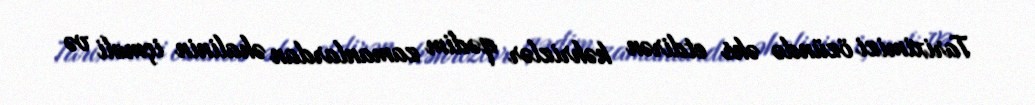
Tariximizi özündə əks etdirən kəhrizlər qədim zamanlardan əhalinin içməli və